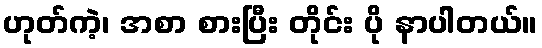
ဟုတ်ကဲ့၊ အစာ စားပြီး တိုင်း ပို နာပါတယ်။